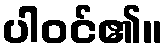
ပါဝင်၏။